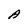
Character: A